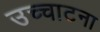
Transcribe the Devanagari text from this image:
उच्चाटना